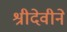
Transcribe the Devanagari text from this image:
श्रीदेवीने